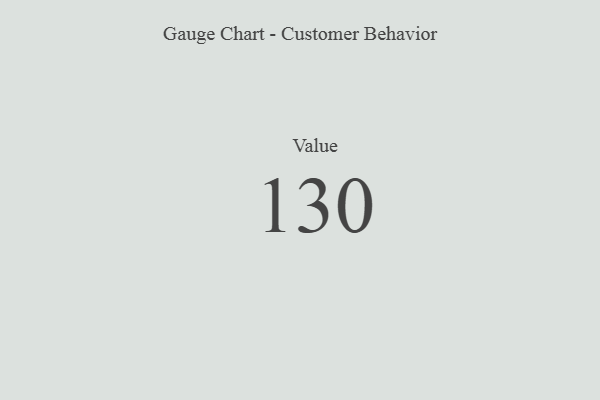
{"axis": {"x": "Metric", "y": "Value"}, "legend": [""], "data": [{"x": "Value", "y": 130, "type": ""}]}